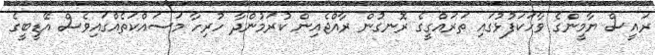
ރައީސް ޔާމީންގެ ވާހަކަފުޅުގައި ތަރައްގީގެ ރޮނގުން ރާއްޖެއިން ކުރަމުންދާ ހުރިހާ މަސައްކަތެއްގައިވެސް އޭޑީބީގެ